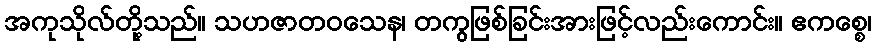
အကုသိုလ်တို့သည်။ သဟဇာတဝသေန၊ တကွဖြစ်ခြင်းအားဖြင့်လည်းကောင်း။ ဧကစ္စေ၊